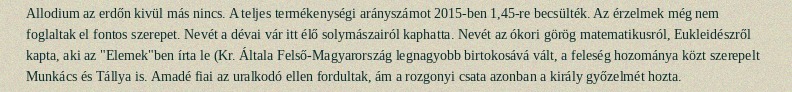
Allodium az erdőn kivül más nincs. A teljes termékenységi arányszámot 2015-ben 1,45-re becsülték. Az érzelmek még nem foglaltak el fontos szerepet. Nevét a dévai vár itt élő solymászairól kaphatta. Nevét az ókori görög matematikusról, Eukleidészről kapta, aki az "Elemek"ben írta le (Kr. Általa Felső-Magyarország legnagyobb birtokosává vált, a feleség hozománya közt szerepelt Munkács és Tállya is. Amadé fiai az uralkodó ellen fordultak, ám a rozgonyi csata azonban a király győzelmét hozta.